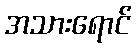
အသားရောင်